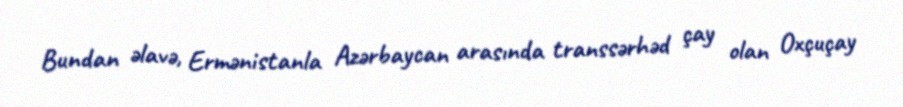
Bundan əlavə, Ermənistanla Azərbaycan arasında transsərhəd çay olan Oxçuçay